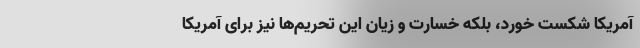
آمریکا شکست خورد، بلکه خسارت و زیان این‌ تحریم‌ها نیز برای آمریکا